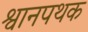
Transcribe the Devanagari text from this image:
श्वानपथक